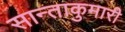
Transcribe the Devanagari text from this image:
सान्ताकुमारी